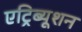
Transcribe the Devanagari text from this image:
एट्रिब्यूशन